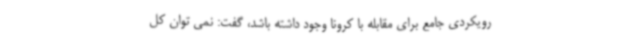
رویکردی جامع برای مقابله با کرونا وجود داشته باشد، گفت: نمی توان کل